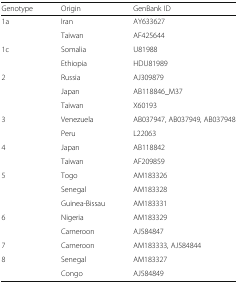
| Genotype | Origin | GenBank ID |
 | --- | --- | --- |
 | 1a | Iran | AY633627 |
 |  | Taiwan | AF425644 |
 | 1c | Somalia | U81988 |
 |  | Ethiopia | HDU81989 |
 | 2 | Russia | AJ309879 |
 |  | Japan | AB118846_M37 |
 |  | Taiwan | X60193 |
 | 3 | Venezuela | AB037947, AB037949, AB037948 |
 |  | Peru | L22063 |
 | 4 | Japan | AB118842 |
 |  | Taiwan | AF209859 |
 | 5 | Togo | AM183326 |
 |  | Senegal | AM183328 |
 |  | Guinea-Bissau | AM183331 |
 | 6 | Nigeria | AM183329 |
 |  | Cameroon | AJ584847 |
 | 7 | Cameroon | AM183333, AJ584844 |
 | 8 | Senegal | AM183327 |
 |  | Congo | AJ584849 |